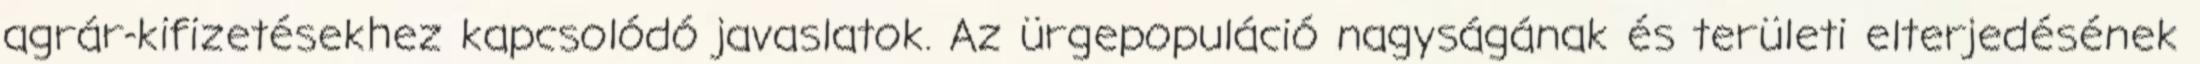
agrár-kifizetésekhez kapcsolódó javaslatok. Az ürgepopuláció nagyságának és területi elterjedésének